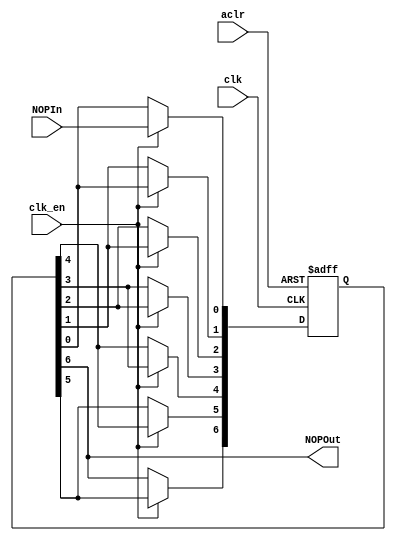
//Multiply + Add = 5 + 2 = 7 Cycles latency
module NOPPipeline
	#(parameter Stages = 7)
	(clk, clk_en, aclr, NOPIn, NOPOut);
	input clk, clk_en, aclr;
	input NOPIn;
	output NOPOut;
	
	reg [Stages-1:0] NOPreg;
	
	integer index;
	
	always@(posedge clk, posedge aclr) begin
		if(aclr) begin
			for(index = 0; index < Stages; index = index + 1) begin: clearRegs
				NOPreg[index] <= 1;
			end
		end
		else if (clk_en)begin
			NOPreg[0] <= NOPIn;
			for(index = 0; index < Stages - 1; index = index + 1) begin: Tranmit
				NOPreg[index+1] <= NOPreg[index];
			end		
		end
		else begin
			for(index = 0; index < Stages - 1; index = index + 1) begin: KeepState
				NOPreg[index] <= NOPreg[index];
			end				
		end
	end

	assign NOPOut = NOPreg[Stages-1];
	
endmodule